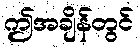
ဤအချိန်တွင်